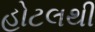
હોટલથી